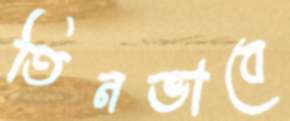
তিনভাবে